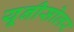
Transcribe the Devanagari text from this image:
यूनीसोलर